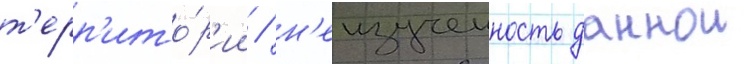
т'ерр'ито́р'ии / н'еизученность даннои